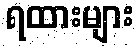
ရထားများ